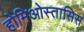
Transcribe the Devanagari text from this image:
होमिओस्तासिस